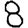
Digit: 8